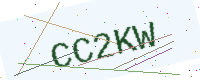
Text: CC2KW